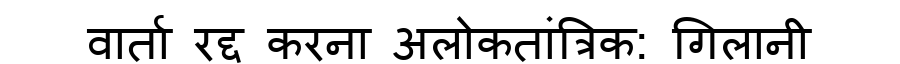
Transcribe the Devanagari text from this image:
वार्ता रद्द करना अलोकतांत्रिक: गिलानी